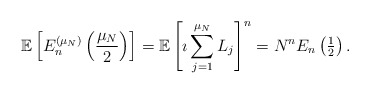
\begin{align*}\mathbb{E} \left[ E_{n}^{(\mu_{N})} \left( \frac{\mu_{N}}{2} \right) \right] = \mathbb{E} \left[ \imath \sum_{j=1}^{\mu_{N}} L_{j} \right]^{n} = N^{n} E_{n} \left( \tfrac{1}{2} \right).\end{align*}